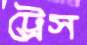
ট্রেস